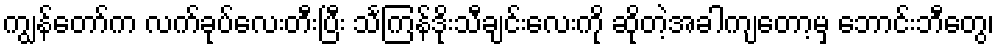
ကျွန်တော်က လက်ခုပ်လေးတီးပြီး သင်္ကြန်ဒိုးသီချင်းလေးကို ဆိုတဲ့အခါကျတော့မှ ဘောင်းဘီတွေ၊